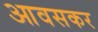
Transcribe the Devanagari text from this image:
आवसकर